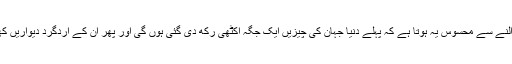
اس ماحول پر پہلی نظر ڈالنے سے محسوس یہ ہوتا ہے کہ پہلے دنیا جہان کی چیزیں ایک جگہ اکٹھی رکھ دی گئی ہوں گی اور پھر ان کے اردگرد دیواریں کھڑی کر دی گئی ہوں گی۔